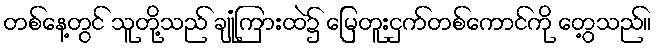
တစ်နေ့တွင် သူတို့သည် ချုံကြားထဲ၌ မြေတူးငှက်တစ်ကောင်ကို တွေ့သည်။